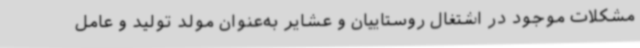
مشکلات موجود در اشتغال روستاییان و عشایر به‌عنوان مولد‌ تولید و عامل